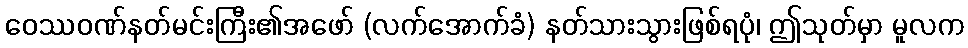
ဝေဿဝဏ်နတ်မင်းကြီး၏အဖော် (လက်အောက်ခံ) နတ်သားသွားဖြစ်ရပုံ၊ ဤသုတ်မှာ မူလက